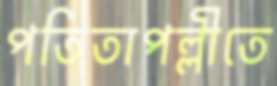
পতিতাপল্লীতে